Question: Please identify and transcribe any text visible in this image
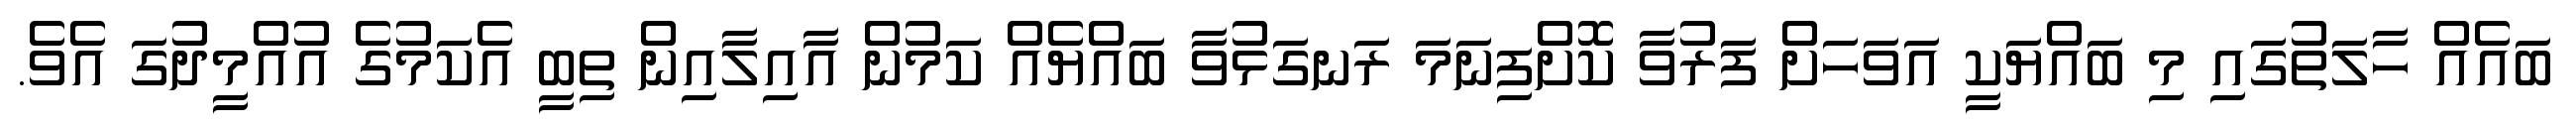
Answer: ބައެއް ހާލަތުގައި މި ބައްޔަކީ އަވަހަށް ފަރުވާ ކޮށްފިނަމަ ރަނގަޅުވާ ބައްޔެއް ކަމުން އާއިލާއިން ތިބީ އެކަމުގެ އުއްމީދުގަ އެވެ.